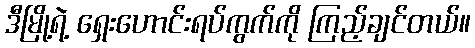
ဒီမြို့ရဲ့ ရှေးဟောင်းရပ်ကွက်ကို ကြည့်ချင်တယ်။